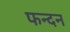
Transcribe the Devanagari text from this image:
फन्दन